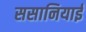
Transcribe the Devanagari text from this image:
ससानियाई